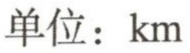
单位：\(km\)